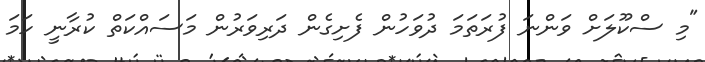
"މި ސްކޫލަށް ވަންނަ ފުރަތަމަ ދުވަހުން ފެށިގެން ދަރިވަރުން މަސައްކަތް ކުރާނީ ހަމަ